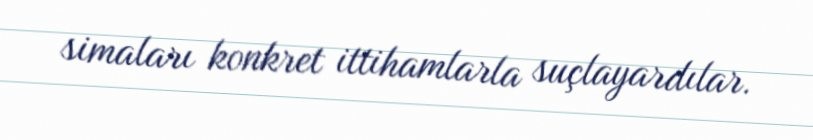
simaları konkret ittihamlarla suçlayardılar.